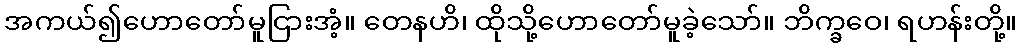
အကယ်၍ဟောတော်မူငြားအံ့။ တေနဟိ၊ ထိုသို့ဟောတော်မူခဲ့သော်။ ဘိက္ခဝေ၊ ရဟန်းတို့။